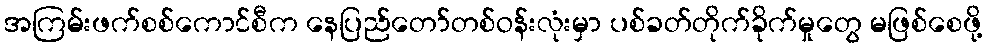
အကြမ်းဖက်စစ်ကောင်စီက နေပြည်တော်တစ်ဝန်းလုံးမှာ ပစ်ခတ်တိုက်ခိုက်မှုတွေ မဖြစ်စေဖို့